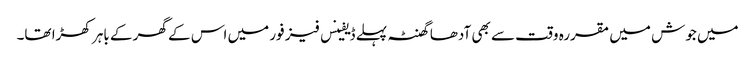
میں جوش میں مقررہ وقت سے بھی آدھا گھنٹہ پہلے ڈیفینس فیز فور میں اس کے گھر کے باہر کھڑا تھا۔